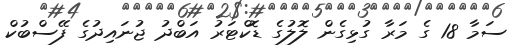
ސަމާ 18 ގެ މަރާ ގުޅިގެން ލޮލުގެ ޑޮކްޓަރު އަބްދު ޖުނައިދުގެ ފޭސްބުކް